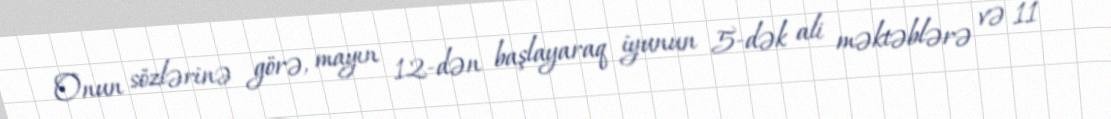
Onun sözlərinə görə, mayın 12-dən başlayaraq iyunun 5-dək ali məktəblərə və 11